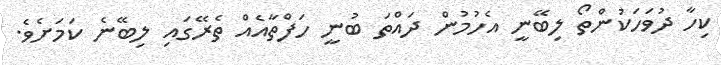
ކިހާ ދުވަހަކުންތޯ ލިބޭނީ އެހުމުން ދައްތަ ބުނީ ހަފްތާއެއް ތެރޭގައި ލިބޭނެ ކަމަށެވެ.